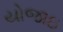
યોજાઇ